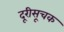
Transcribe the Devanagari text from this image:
दूरीसूचक